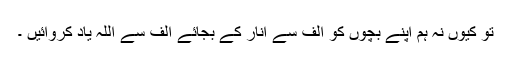
تو کیوں نہ ہم اپنے بچوں کو الف سے انار کے بجائے الف سے اللہ یاد کروائیں ۔